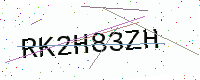
Text: RK2H83ZH